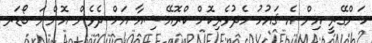
ހަންގޭރީ އިން އެ ޤައުމު މެދުވެރިކޮށް ކްރޮއޭޝިއާ އަށް ދެވެން އޮންނަ ބޯޑަރ